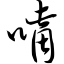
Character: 嘴